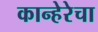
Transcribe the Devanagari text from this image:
कान्हेरेचा